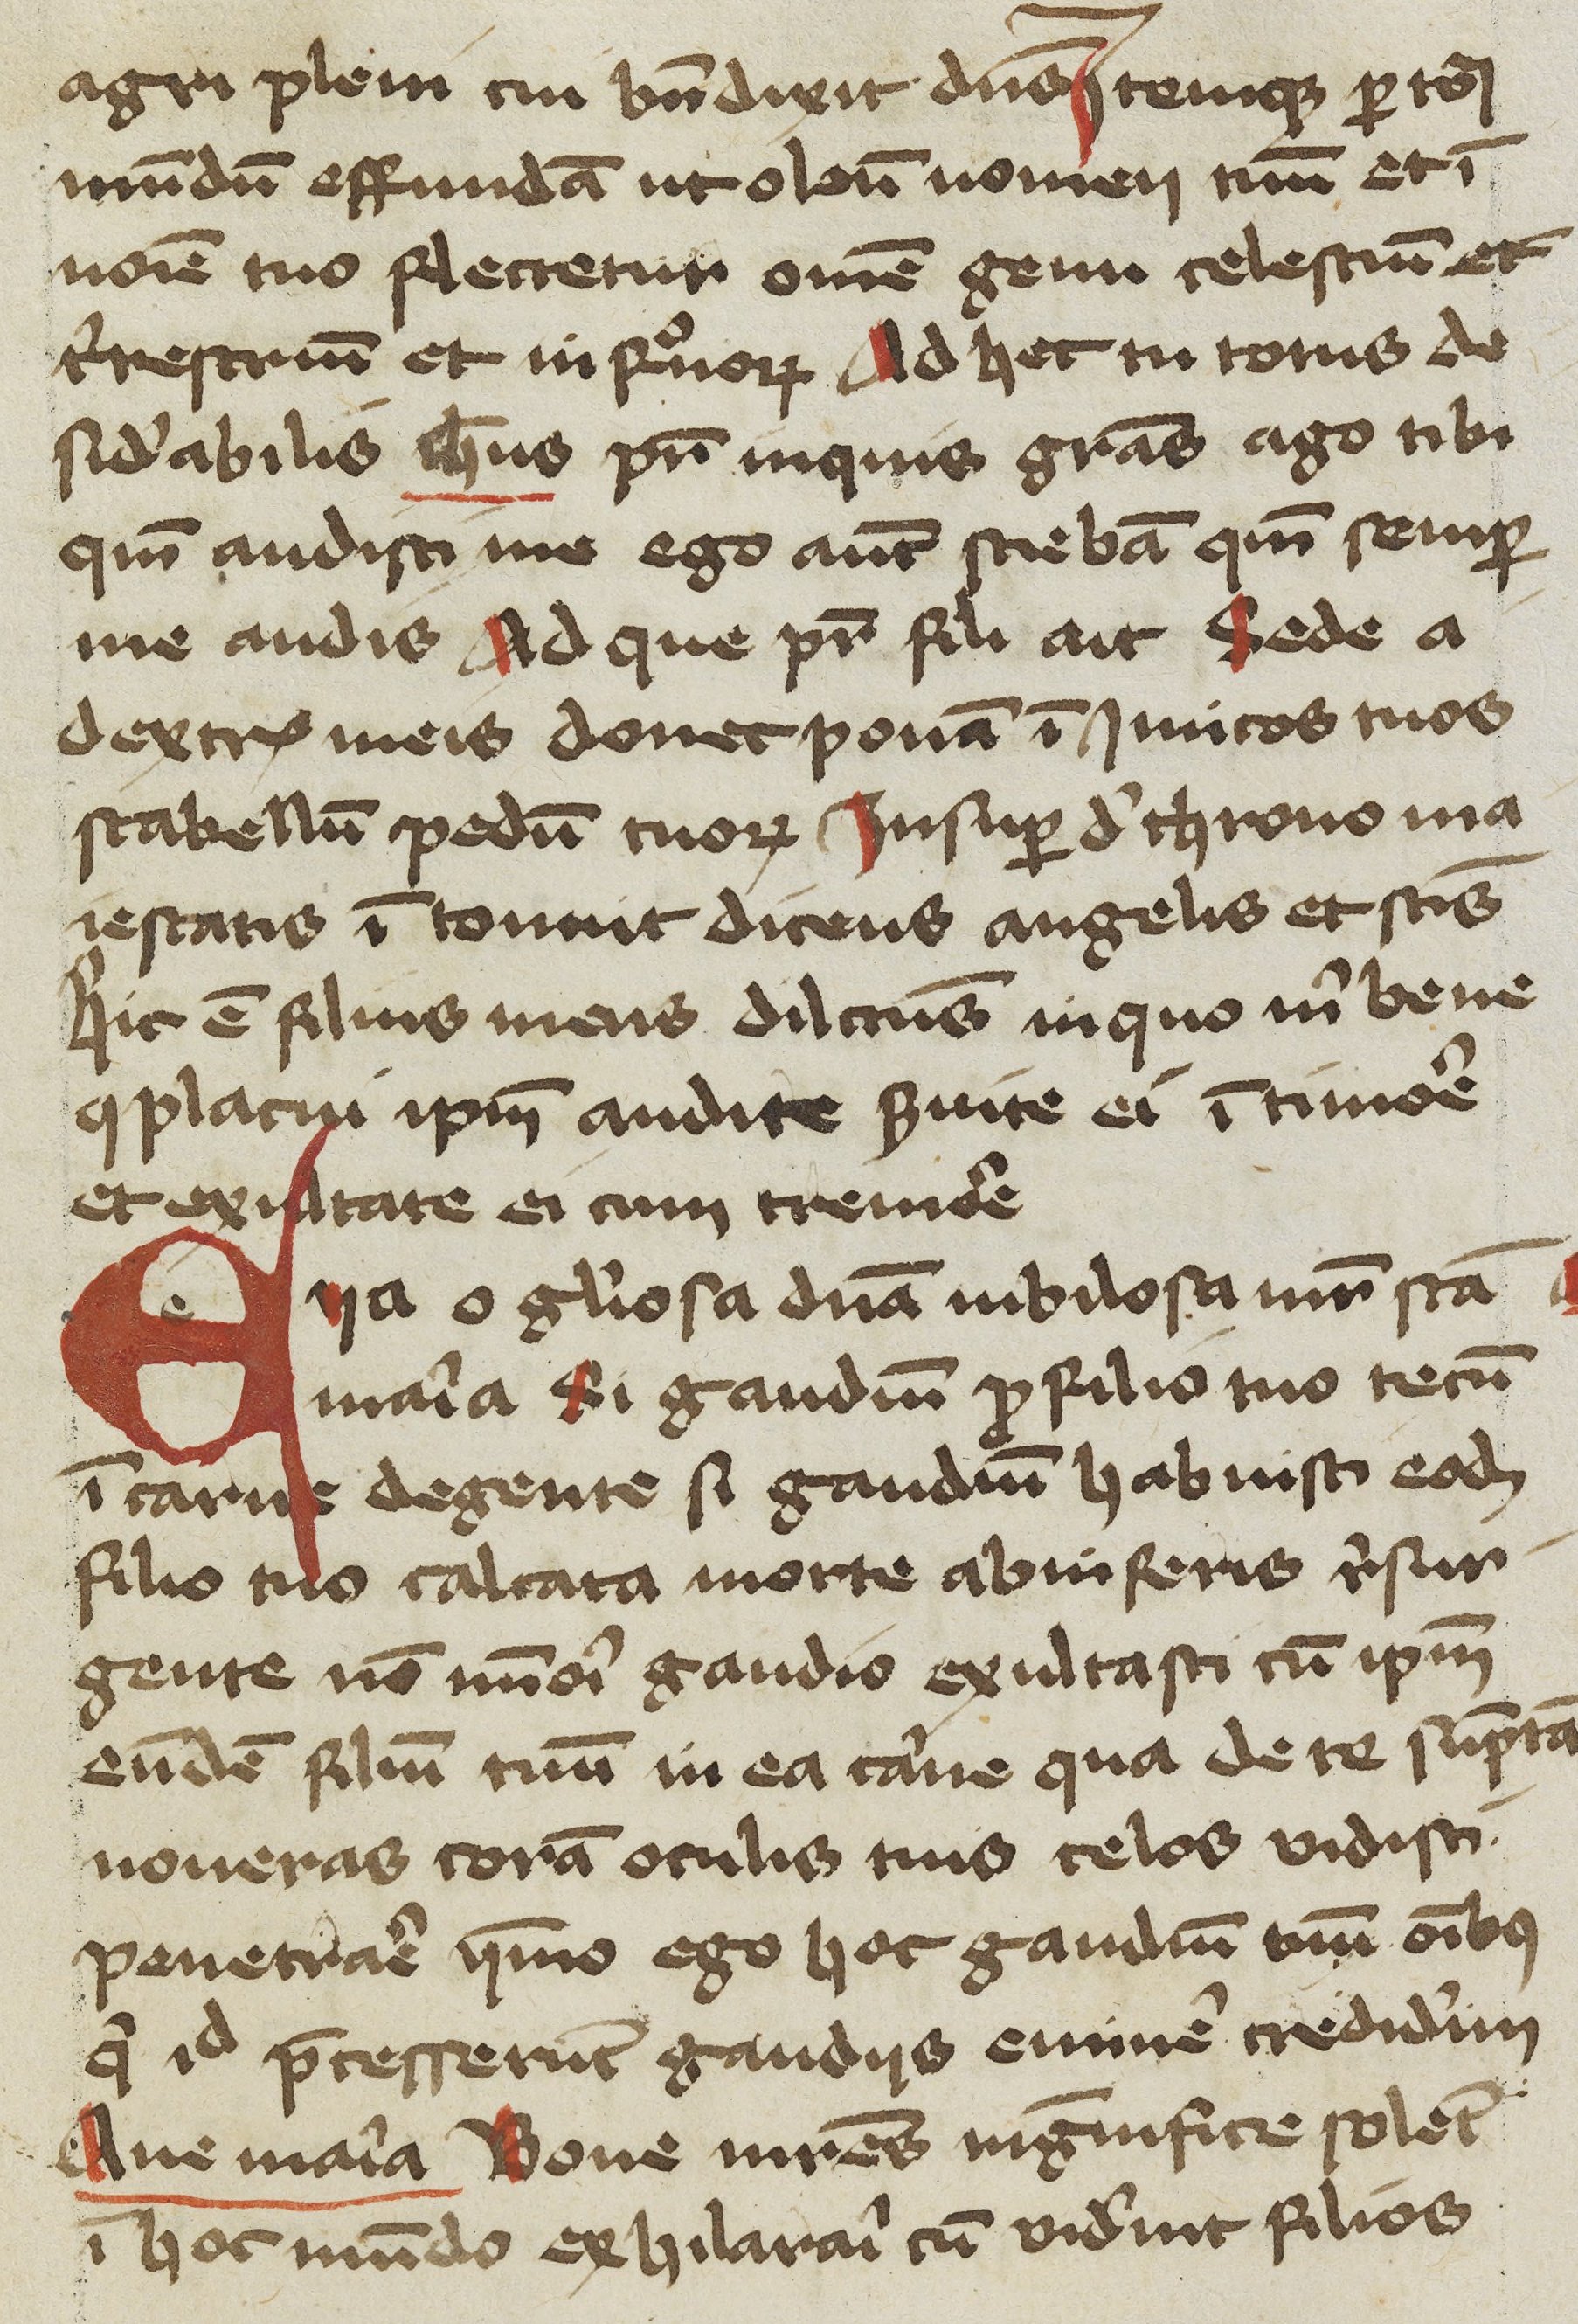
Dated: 1400–1449